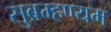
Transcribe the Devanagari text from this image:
सुब्रम्हण्यम